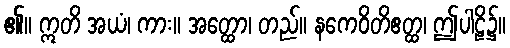
၏။ ဣတိ အယံ၊ ကား။ အတ္ထော၊ တည်။ နကေဝိတိဧတ္ထ၊ ဤပါဠိ၌။